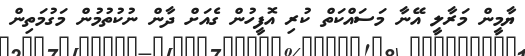
ޔާމީން މަރާލީ އޭނާ މަސައްކަތް ކުރި އޮފީހުން ގެއަށް ދާން ނުކުތުމުން މަގުމަތިން